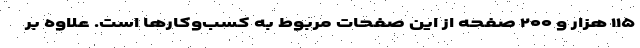
۱۱۵ هزار و ۲۰۰ صفحه از این صفحات مربوط به کسب‌وکارها است. علاوه بر